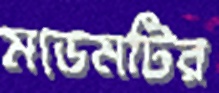
মডেমটির